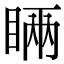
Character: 𥇑